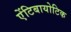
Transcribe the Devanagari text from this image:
एेंटिबायोटिक